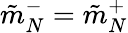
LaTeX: \tilde{m}_{N}^{-}=\tilde{m}_{N}^{+}